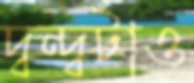
দ্বন্দ্বটাও